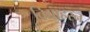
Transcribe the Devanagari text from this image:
विद्याहरन